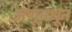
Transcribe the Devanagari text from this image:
अणूमधून